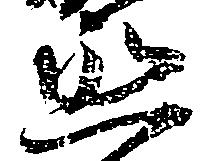
丞